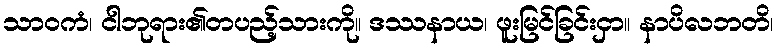
သာဝကံ၊ ငါဘုရား၏တပည့်သားကို။ ဒဿနာယ၊ ဖူးမြင်ခြင်းငှာ။ နာပိလဘတိ၊